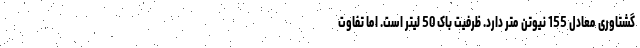
گشتاوری معادل 155 نیوتن متر دارد. ظرفیت باک 50 لیتر است. اما تفاوت